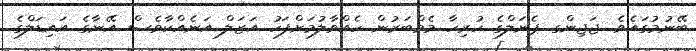
ބޭނުމުގައެވެ. ޖަޖިންގ ޕެނަލްގެ ހުރިހާ މެމްބަރުން ހެއްވާލުމަށްފަހު އަޒަލް އަނެއްކާވެސް އޭނާގެ އައިޑަލްގެ